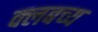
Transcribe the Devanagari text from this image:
क्लबच्य